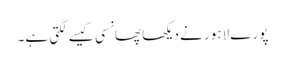
پورے لاہور نے دیکھا پھانسی کیسے لگتی ہے۔